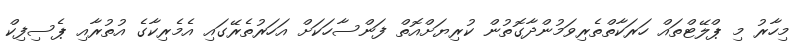
މިހާރު މި ޕްލޭޓްތައް ހަރަކާތްތެރިވަމުންދާގޮތުން ކުރިޔަށްއޮތް ފަންސާހަކަށް އަހަރުތެރޭގައި އެމެރިކާގެ އުތުރާއި ޕެސިފިކް